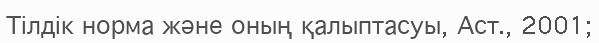
Тілдік норма және оның қалыптасуы, Аст., 2001;